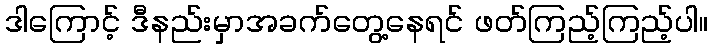
ဒါကြောင့် ဒီနည်းမှာအခက်တွေ့နေရင် ဖတ်ကြည့်ကြည့်ပါ။